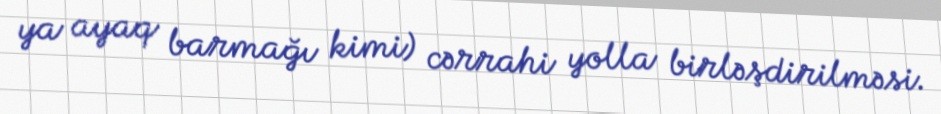
ya ayaq barmağı kimi) cərrahi yolla birləşdirilməsi.